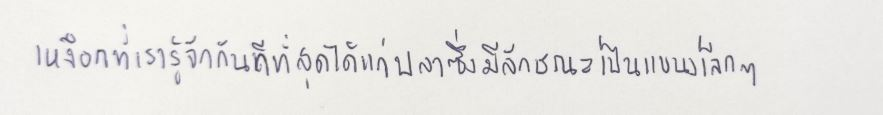
เหงือกที่เรารู้จักกันดีที่สุดได้แก่ปลาซึ่งมีลักษณะเป็นแขนงเล็กๆ